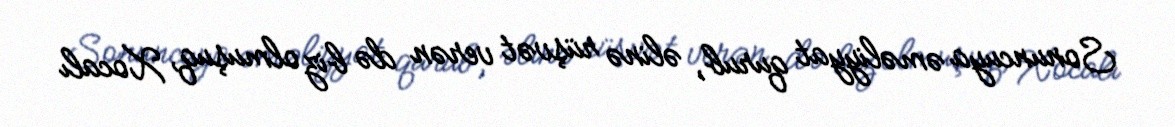
Sonuncuya əməliyyat qurub, əlinə rüşvət verən də biz olmuşuq, Xocalı